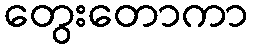
တွေးတောကာ